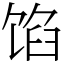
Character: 馅